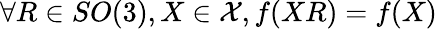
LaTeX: \forall R\in SO(3),X\in\mathcal{X},f(XR)=f(X)